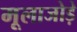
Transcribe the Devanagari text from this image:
मूलाजोड़े